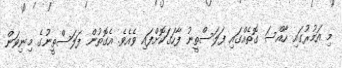
މި އަމުރުގައި ހާއްސަ ގޮތެއްގައި ފަލަސްތީނު ފާހަގަކޮށްފައި ވެއެވެ. އެގޮތުން ފަލަސްތީނުގެ މިނިވަން